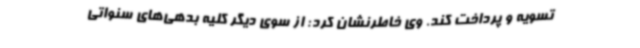
تسویه و پرداخت کند. وی خاطرنشان کرد: از سوی دیگر کلیه بدهی‌های سنواتی